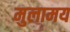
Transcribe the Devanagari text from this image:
मुलामय